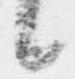
候